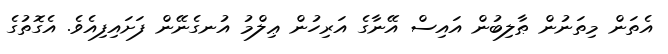
އެތަން މިތަނުން ޠާލިބުން އައިސް އޭނާގެ އަރިހުން ޢިލްމު އުނގެނޭން ފަށައިފިއެވެ. އެގޮތުގެ